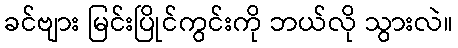
ခင်ဗျား မြင်းပြိုင်ကွင်းကို ဘယ်လို သွားလဲ။